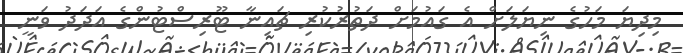
މިދިޔަ މަހުގެ ނިޔަލަށް އެ ގައުމަށް ދަތުރުކުރި ޗައިނާ ޓޫރިސްޓުންގެ އަދަދު ވަނީ